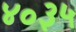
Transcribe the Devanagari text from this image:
४०३५